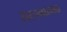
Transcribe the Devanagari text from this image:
सरचनात्मक